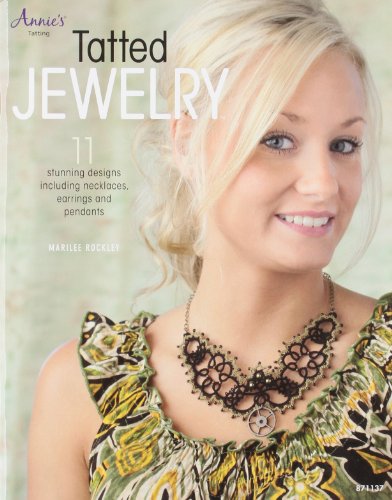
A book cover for Tatted Jewelry: 11 Stunning Designs Including Necklaces, Earrings and Pendants; Marilee Rockley; Crafts, Hobbies & Home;